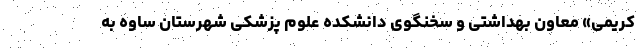
کریمی» معاون بهداشتی و سخنگوی دانشکده علوم پزشکی شهرستان ساوه به